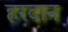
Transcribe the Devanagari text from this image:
हरदान